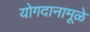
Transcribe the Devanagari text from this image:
योगदानामूळे